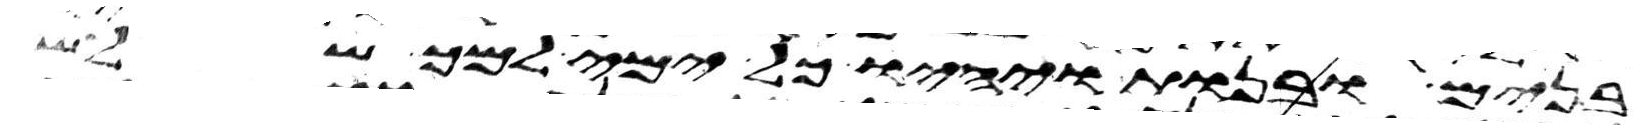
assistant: בנים ובנות ויהיו כל ימי למך שלש